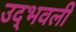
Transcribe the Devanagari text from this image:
उद्‍भवली